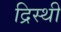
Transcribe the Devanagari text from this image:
द्रिस्थी